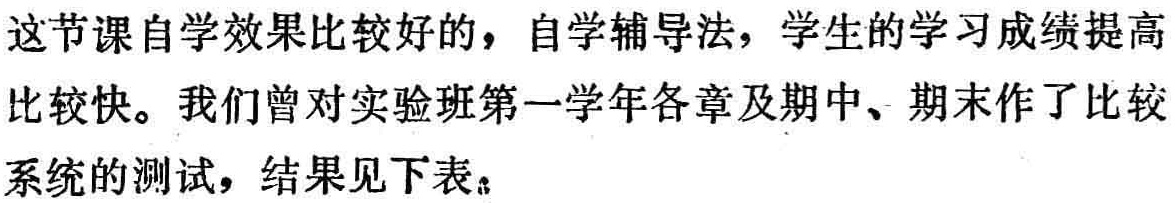
这节课自学效果比较好的，自学辅导法，学生的学习成绩提高比较快。我们曾对实验班第一学年各章及期中、期末作了比较系统的测试，结果见下表：